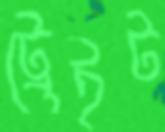
ট্রেইট